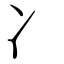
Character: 冫